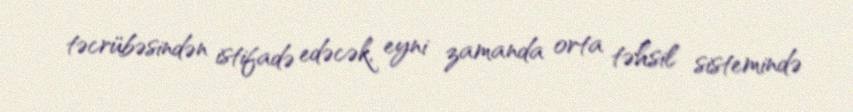
təcrübəsindən istifadə edəcək, eyni zamanda orta təhsil sistemində